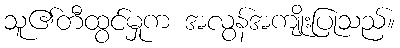
သူ၏တီထွင်မှုက အလွန်အကျိုးပြုသည်။